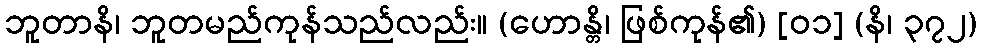
ဘူတာနိ၊ ဘူတမည်ကုန်သည်လည်း။ (ဟောန္တိ၊ ဖြစ်ကုန်၏) [၀၁] (နိ၊ ၃၇၂)